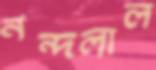
নন্দলাল